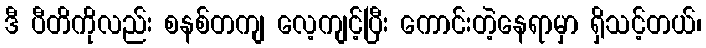
ဒီ ပီတိကိုလည်း စနစ်တကျ လေ့ကျင့်ပြီး ကောင်းတဲ့နေရာမှာ ရှိသင့်တယ်၊